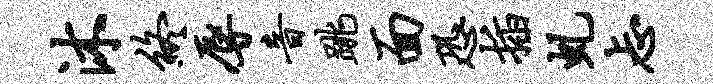
沐终辱音跳面恐插虬忐